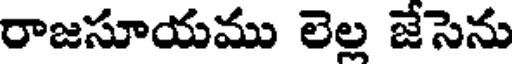
రాజసూయము లెల్ల జేసెను